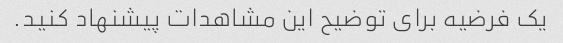
یک فرضیه برای توضیح این مشاهدات پیشنهاد کنید.